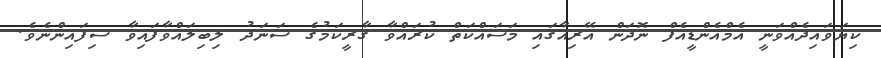
ކިޔަވައިދެއްވަނީ އެމްއެންޑީއެފް ނޮދަން އޭރިއާގައި މަސައްކަތް ކުރައްވާ ގާރީކަމުގެ ސަނަދު ލިބިލައްވާފައިވާ ސިފައިންނެވެ.